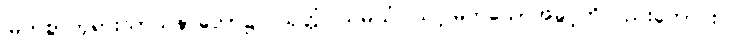
မြတ်စွာဘုရားသာသနာတော်၌။ ယုတ္တံဝါသမယံ၊ သင့်မြတ်သောအခွင့်ကိုလည်းကောင်း။